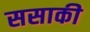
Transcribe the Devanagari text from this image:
ससाकी